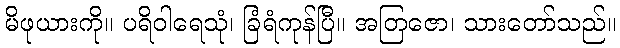
မိဖုယားကို။ ပရိဝါရေသုံ၊ ခြံရံကုန်ပြီ။ အတြဇော၊ သားတော်သည်။